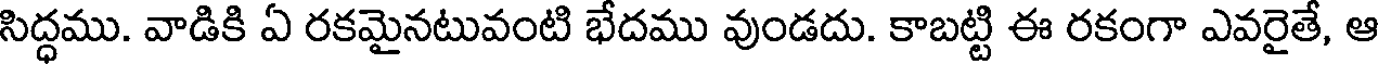
సిద్ధము. వాడికి ఏ రకమైనటువంటి భేదము వుండదు. కాబట్టి ఈ రకంగా ఎవరైతే, ఆ